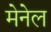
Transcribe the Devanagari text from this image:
मेनेल